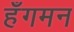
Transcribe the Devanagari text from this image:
हँगमन